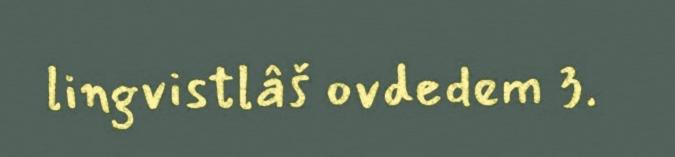
lingvistlâš ovdedem 3.